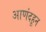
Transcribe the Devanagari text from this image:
आणंदहून